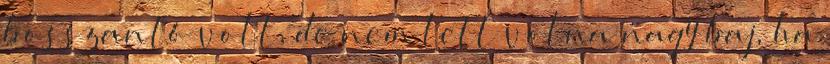
bosszantó volt, de nem lett volna nagy baj, ha